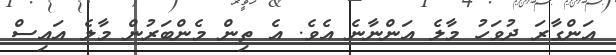
އަންގާރަ ދުވަހު މާލެ އަންނާނެ އެވެ. އެ ތިން މެންބަރުން މާލެ އައިސް